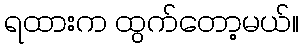
ရထားက ထွက်တော့မယ်။